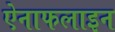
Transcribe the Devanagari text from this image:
ऐनाफलाइन